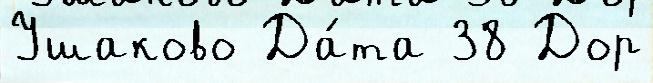
Ушаково Да́та 38 Дор